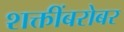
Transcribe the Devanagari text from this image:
शक्तींबरोबर